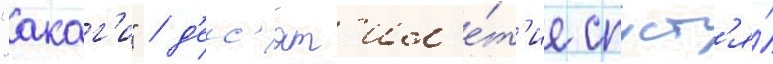
"акаг'и" / д'ес'ят'ил'е́т'ие спуст'я́